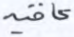
عاقب